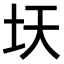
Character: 𫭛